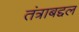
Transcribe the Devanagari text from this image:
तंत्राबद्दल